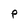
Character: P